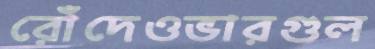
রোঁদেওভারগুল